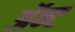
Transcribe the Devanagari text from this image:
ॲन्ट